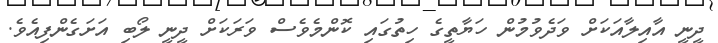
ދީނީ އާއިލާއަކަށް ވަދެވުމުން ހަޔާތީގެ ހިތުގައި ކޮންމެވެސް ވަރަކަށް ދީނީ ލޯބި އަށަގެންފިއެވެ.